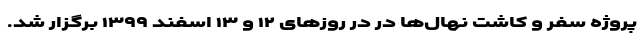
پروژه سفر و کاشت‌ نهال‌ها در در روزهای ۱۲ و ۱۳ اسفند ۱۳۹۹ برگزار شد.